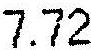
7.72